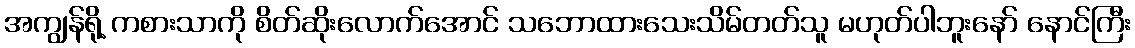
အကျွန်ရို့ ကစားသာကို စိတ်ဆိုးလောက်အောင် သဘောထားသေးသိမ်တတ်သူ မဟုတ်ပါဘူးနော် နောင်ကြီး